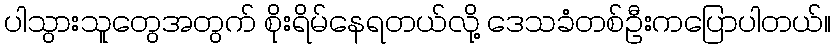
ပါသွားသူတွေအတွက် စိုးရိမ်နေရတယ်လို့ ဒေသခံတစ်ဦးကပြောပါတယ်။